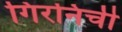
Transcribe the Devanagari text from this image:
गिरनिची